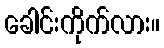
ခေါင်းကိုက်လား။